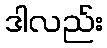
ဒါလည်း